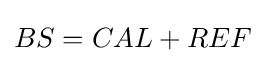
BS=CAL+REF